Vaccination United Provinces of Agra and Oudh 1902-1913 - 1902-1913
Year: 1902
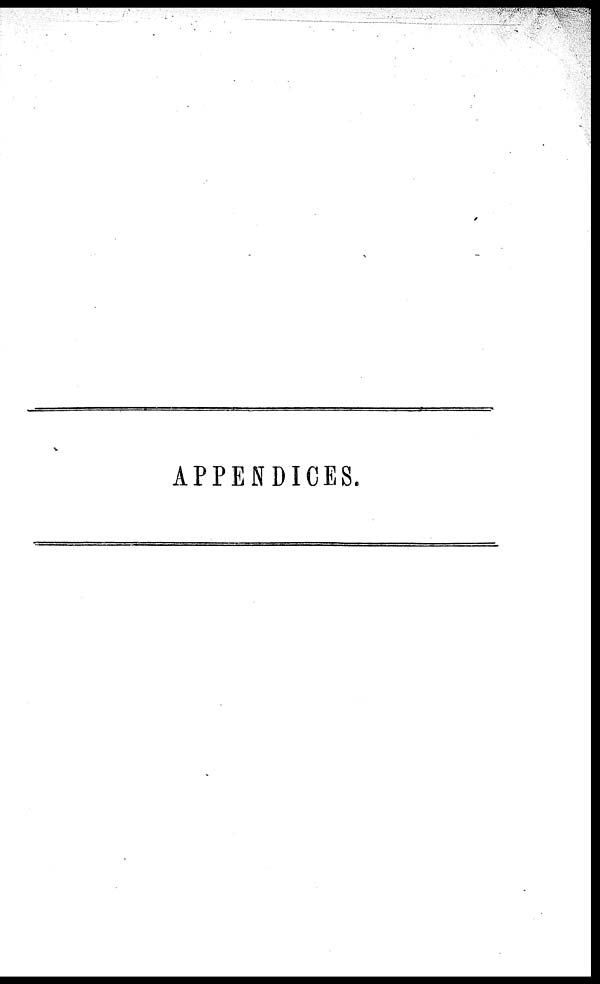
APPENDICES.